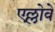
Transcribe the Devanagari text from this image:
एल्लोवे